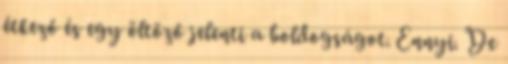
étkező és egy öltöző jelenti a boldogságot. Ennyi. De